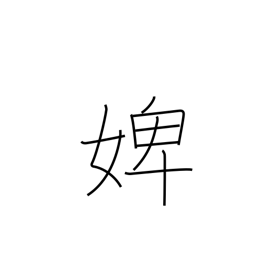
Meaning: maidservant